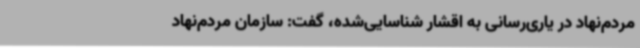
مردم‌نهاد در یاری‌رسانی به اقشار شناسایی‌شده، گفت: سازمان مردم‌نهاد